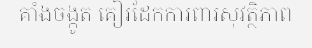
គាំងចង្កូត គៀរដែកការពារសុវត្ថិភាព